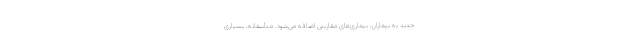
جدید به بیماران، بیماری‌های مقاربتی اضافه می‌شود. متأسفانه، بسیاری